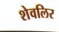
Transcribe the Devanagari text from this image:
शेवलिर